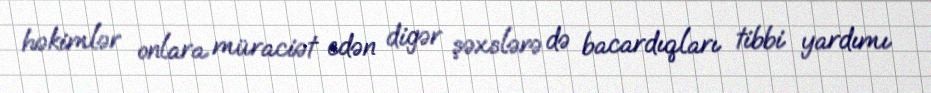
həkimlər onlara müraciət edən digər şəxslərə də bacardıqları tibbi yardımı